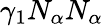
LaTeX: \gamma_{1}N_{\alpha}N_{\alpha}